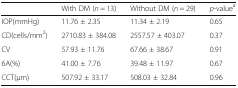
<table><thead><tr><td></td><td><b>With DM (<i>n</i> = 13)</b></td><td><b>Without DM (<i>n</i> = 29)</b></td><td><b><i>p</i>-value<sup>a</sup></b></td></tr></thead><tbody><tr><td>IOP(mmHg)</td><td>11.76 ± 2.35</td><td>11.34 ± 2.19</td><td>0.65</td></tr><tr><td>CD(cells/mm<sup>2</sup>)</td><td>2710.83 ± 384.08</td><td>2557.57 ± 403.07</td><td>0.37</td></tr><tr><td>CV</td><td>57.93 ± 11.76</td><td>67.66 ± 38.67</td><td>0.91</td></tr><tr><td>6A(%)</td><td>41.00 ± 7.76</td><td>39.48 ± 11.97</td><td>0.67</td></tr><tr><td>CCT(μm)</td><td>507.92 ± 33.17</td><td>508.03 ± 32.84</td><td>0.96</td></tr></tbody></table>